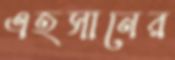
এহসানের